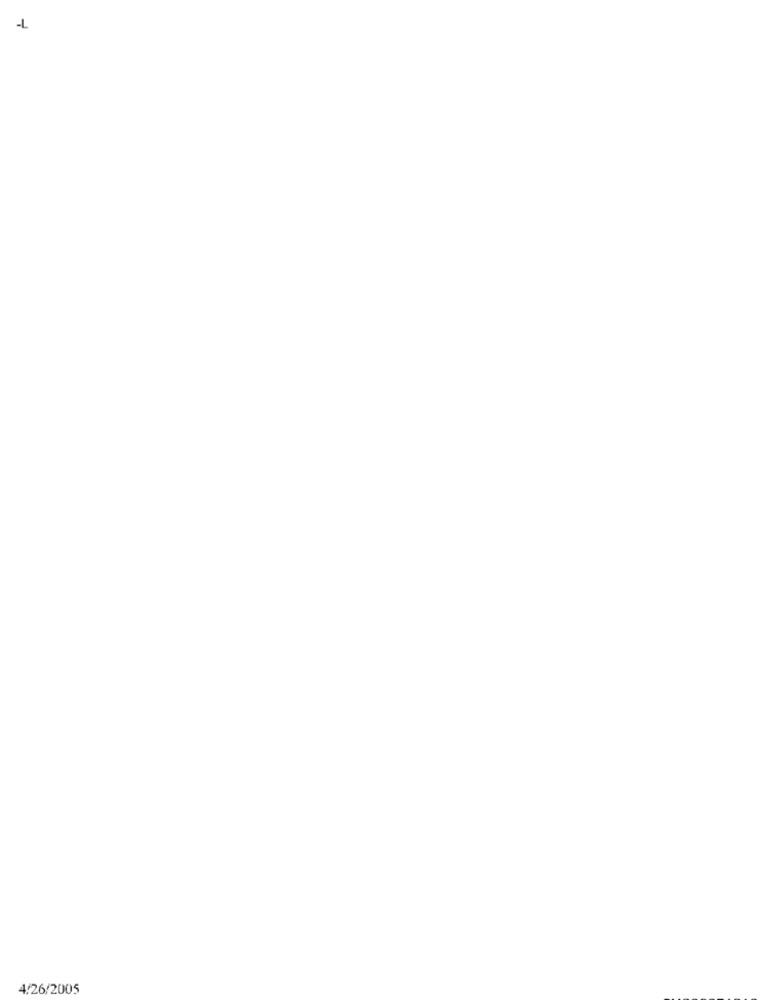
4/26/2005